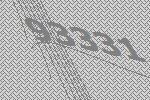
93331